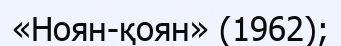
«Ноян-қоян» (1962);